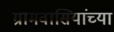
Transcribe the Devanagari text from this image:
ग्रामवासियांच्या